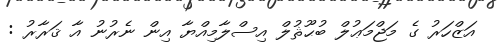
އަޒްހަރު ގެ މަޖްމަޢުލް ބުޙޫޘުލް އިސްލާމިއްޔާ އިން ނެރުނު އާ ޤަރާރު :